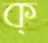
ক্